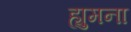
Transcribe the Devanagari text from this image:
ह्युमना